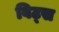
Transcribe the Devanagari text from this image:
विट्स